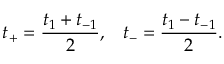
t _ { + } = \frac { t _ { 1 } + t _ { - 1 } } { 2 } , \; \; \; t _ { - } = \frac { t _ { 1 } - t _ { - 1 } } { 2 } .